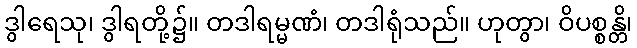
ဒွါရေသု၊ ဒွါရတို့၌။ တဒါရမ္မဏံ၊ တဒါရုံသည်။ ဟုတွာ၊ ဝိပစ္စန္တိ၊